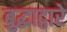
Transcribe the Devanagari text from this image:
बुद्धाद्वारे